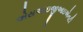
એસઆઇજીઆઇએનટી